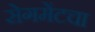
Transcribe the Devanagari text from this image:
सेगमेंटचा